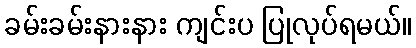
ခမ်းခမ်းနားနား ကျင်းပ ပြုလုပ်ရမယ်။